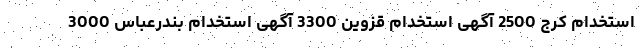
استخدام کرج 2500 آگهی استخدام قزوین 3300 آگهی استخدام بندرعباس 3000